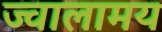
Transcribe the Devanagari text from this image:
ज्वालामय